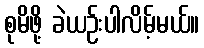
စုမိဖို့ ခဲယဉ်းပါလိမ့်မယ်။